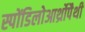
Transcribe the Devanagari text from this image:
स्पोंडिलोआर्थ्रोपैथी